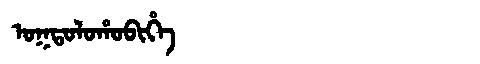
Manchu: ᠣᡴᡨᠣᠯᠣᡥᠣᠪᡳᡥᡝ
Romanization: OKTOLOHOBIHE